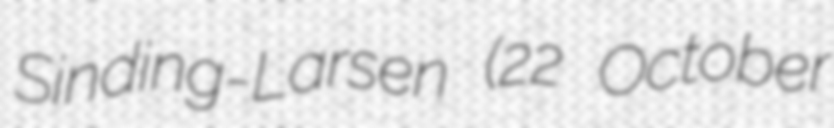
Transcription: Sinding-Larsen (22 October